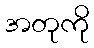
အတုကို